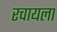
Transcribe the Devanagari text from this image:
रचायला